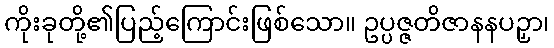
ကိုးခုတို့၏ပြည့်ကြောင်းဖြစ်သော။ ဥပ္ပဇ္ဇတိဇာနနပဉှာ၊